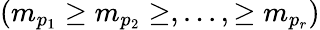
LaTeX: (m_{p_{1}}\geq m_{p_{2}}\geq,...,\geq m_{p_{r}})